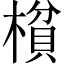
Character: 𰘝